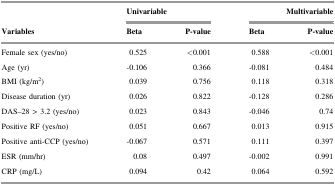
|  | <COLSPAN=2> Univariable | <COLSPAN=2> Multivariable |
 | Variables | Beta | P-value | Beta | P-value |
 | --- | --- | --- | --- | --- |
 | Female sex (yes/no) | 0.525 | <0.001 | 0.588 | <0.001 |
 | Age (yr) | -0.106 | 0.366 | -0.081 | 0.484 |
 | BMI (kg/m2) | 0.039 | 0.756 | 0.118 | 0.318 |
 | Disease duration (yr) | 0.026 | 0.822 | -0.128 | 0.286 |
 | DAS–28 > 3.2 (yes/no) | 0.023 | 0.843 | -0.046 | 0.74 |
 | Positive RF (yes/no) | 0.051 | 0.667 | 0.013 | 0.915 |
 | Positive anti-CCP (yes/no) | -0.067 | 0.571 | 0.111 | 0.397 |
 | ESR (mm/hr) | 0.08 | 0.497 | -0.002 | 0.991 |
 | CRP (mg/L) | 0.094 | 0.42 | 0.064 | 0.592 |